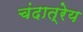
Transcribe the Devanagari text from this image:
चंदात्रेय